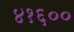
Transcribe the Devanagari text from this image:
४१६००